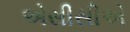
એસીસીએ